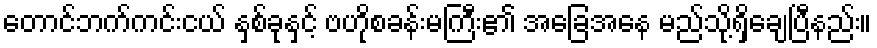
တောင်ဘက်ကင်းငယ် နှစ်ခုနှင့် ဗဟိုစခန်းမကြီး၏ အခြေအနေ မည်သို့ရှိချေပြီနည်း။